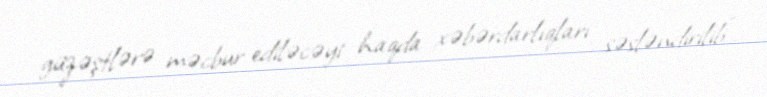
güzəştlərə məcbur ediləcəyi haqda xəbərdarlıqları səsləndirilib”.